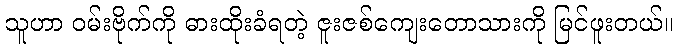
သူဟာ ဝမ်းဗိုက်ကို ဓားထိုးခံရတဲ့ ဇူးဇစ်ကျေးတောသားကို မြင်ဖူးတယ်။